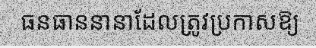
ធនធាននានាដែលត្រូវប្រកាសឱ្យ